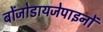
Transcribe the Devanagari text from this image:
बोंजोडायजेपाइनों